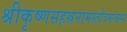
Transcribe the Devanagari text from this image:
श्रीकृष्णसहस्रनामस्तोत्रमन्त्रस्य